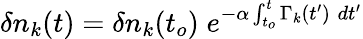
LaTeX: \delta n_{k}(t)=\delta n_{k}(t_{o})\; e^{-\alpha\int_{t_{o}}^{t}\Gamma_{k}(t^{\prime})\; dt^{\prime}}